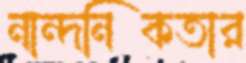
নান্দনিকতার